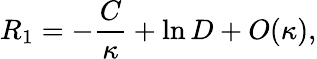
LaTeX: R_{1}=-{\frac{C}{\kappa}}+\ln D+O(\kappa),